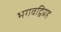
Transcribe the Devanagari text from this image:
भगवद्विग्रह